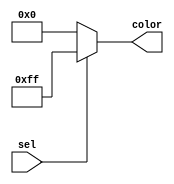
`timescale 1ns / 1ps

/*
	Mux that chooses from upper part of DO to lower part of DO based on counter for box_time
	sel needs to be driven from 0 - 1 when we are halfway through the box_time display area
	sel is driven by box_time_half
*/

module ROM_mux
(
	input sel,
	output [7:0] color
);

assign color = sel ? 8'd255 : 8'd0;

endmodule